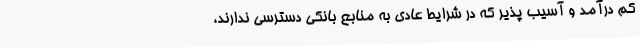
کم درآمد و آسیب پذیر که در شرایط عادی به منابع بانکی دسترسی ندارند،